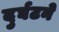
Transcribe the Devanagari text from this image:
दुर्घटने